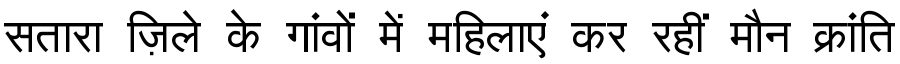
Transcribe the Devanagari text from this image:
सतारा ज़िले के गांवों में महिलाएं कर रहीं मौन क्रांति